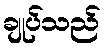
ချုပ်သည်